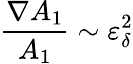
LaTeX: \frac{\nabla A_{1}}{A_{1}}\sim\varepsilon_{\delta}^{2}